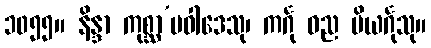
၁၀၅၅။ နိန္ဒာ ကုစ္ဆာ’ပဝါဒေသု၊ ကင်္ဂု ဓည ပိယင်္ဂုသု။